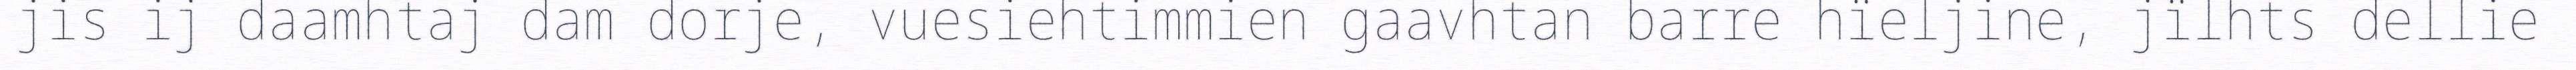
jis ij daamhtaj dam dorje, vuesiehtimmien gaavhtan barre hïeljine, jïlhts dellie